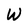
Character: W